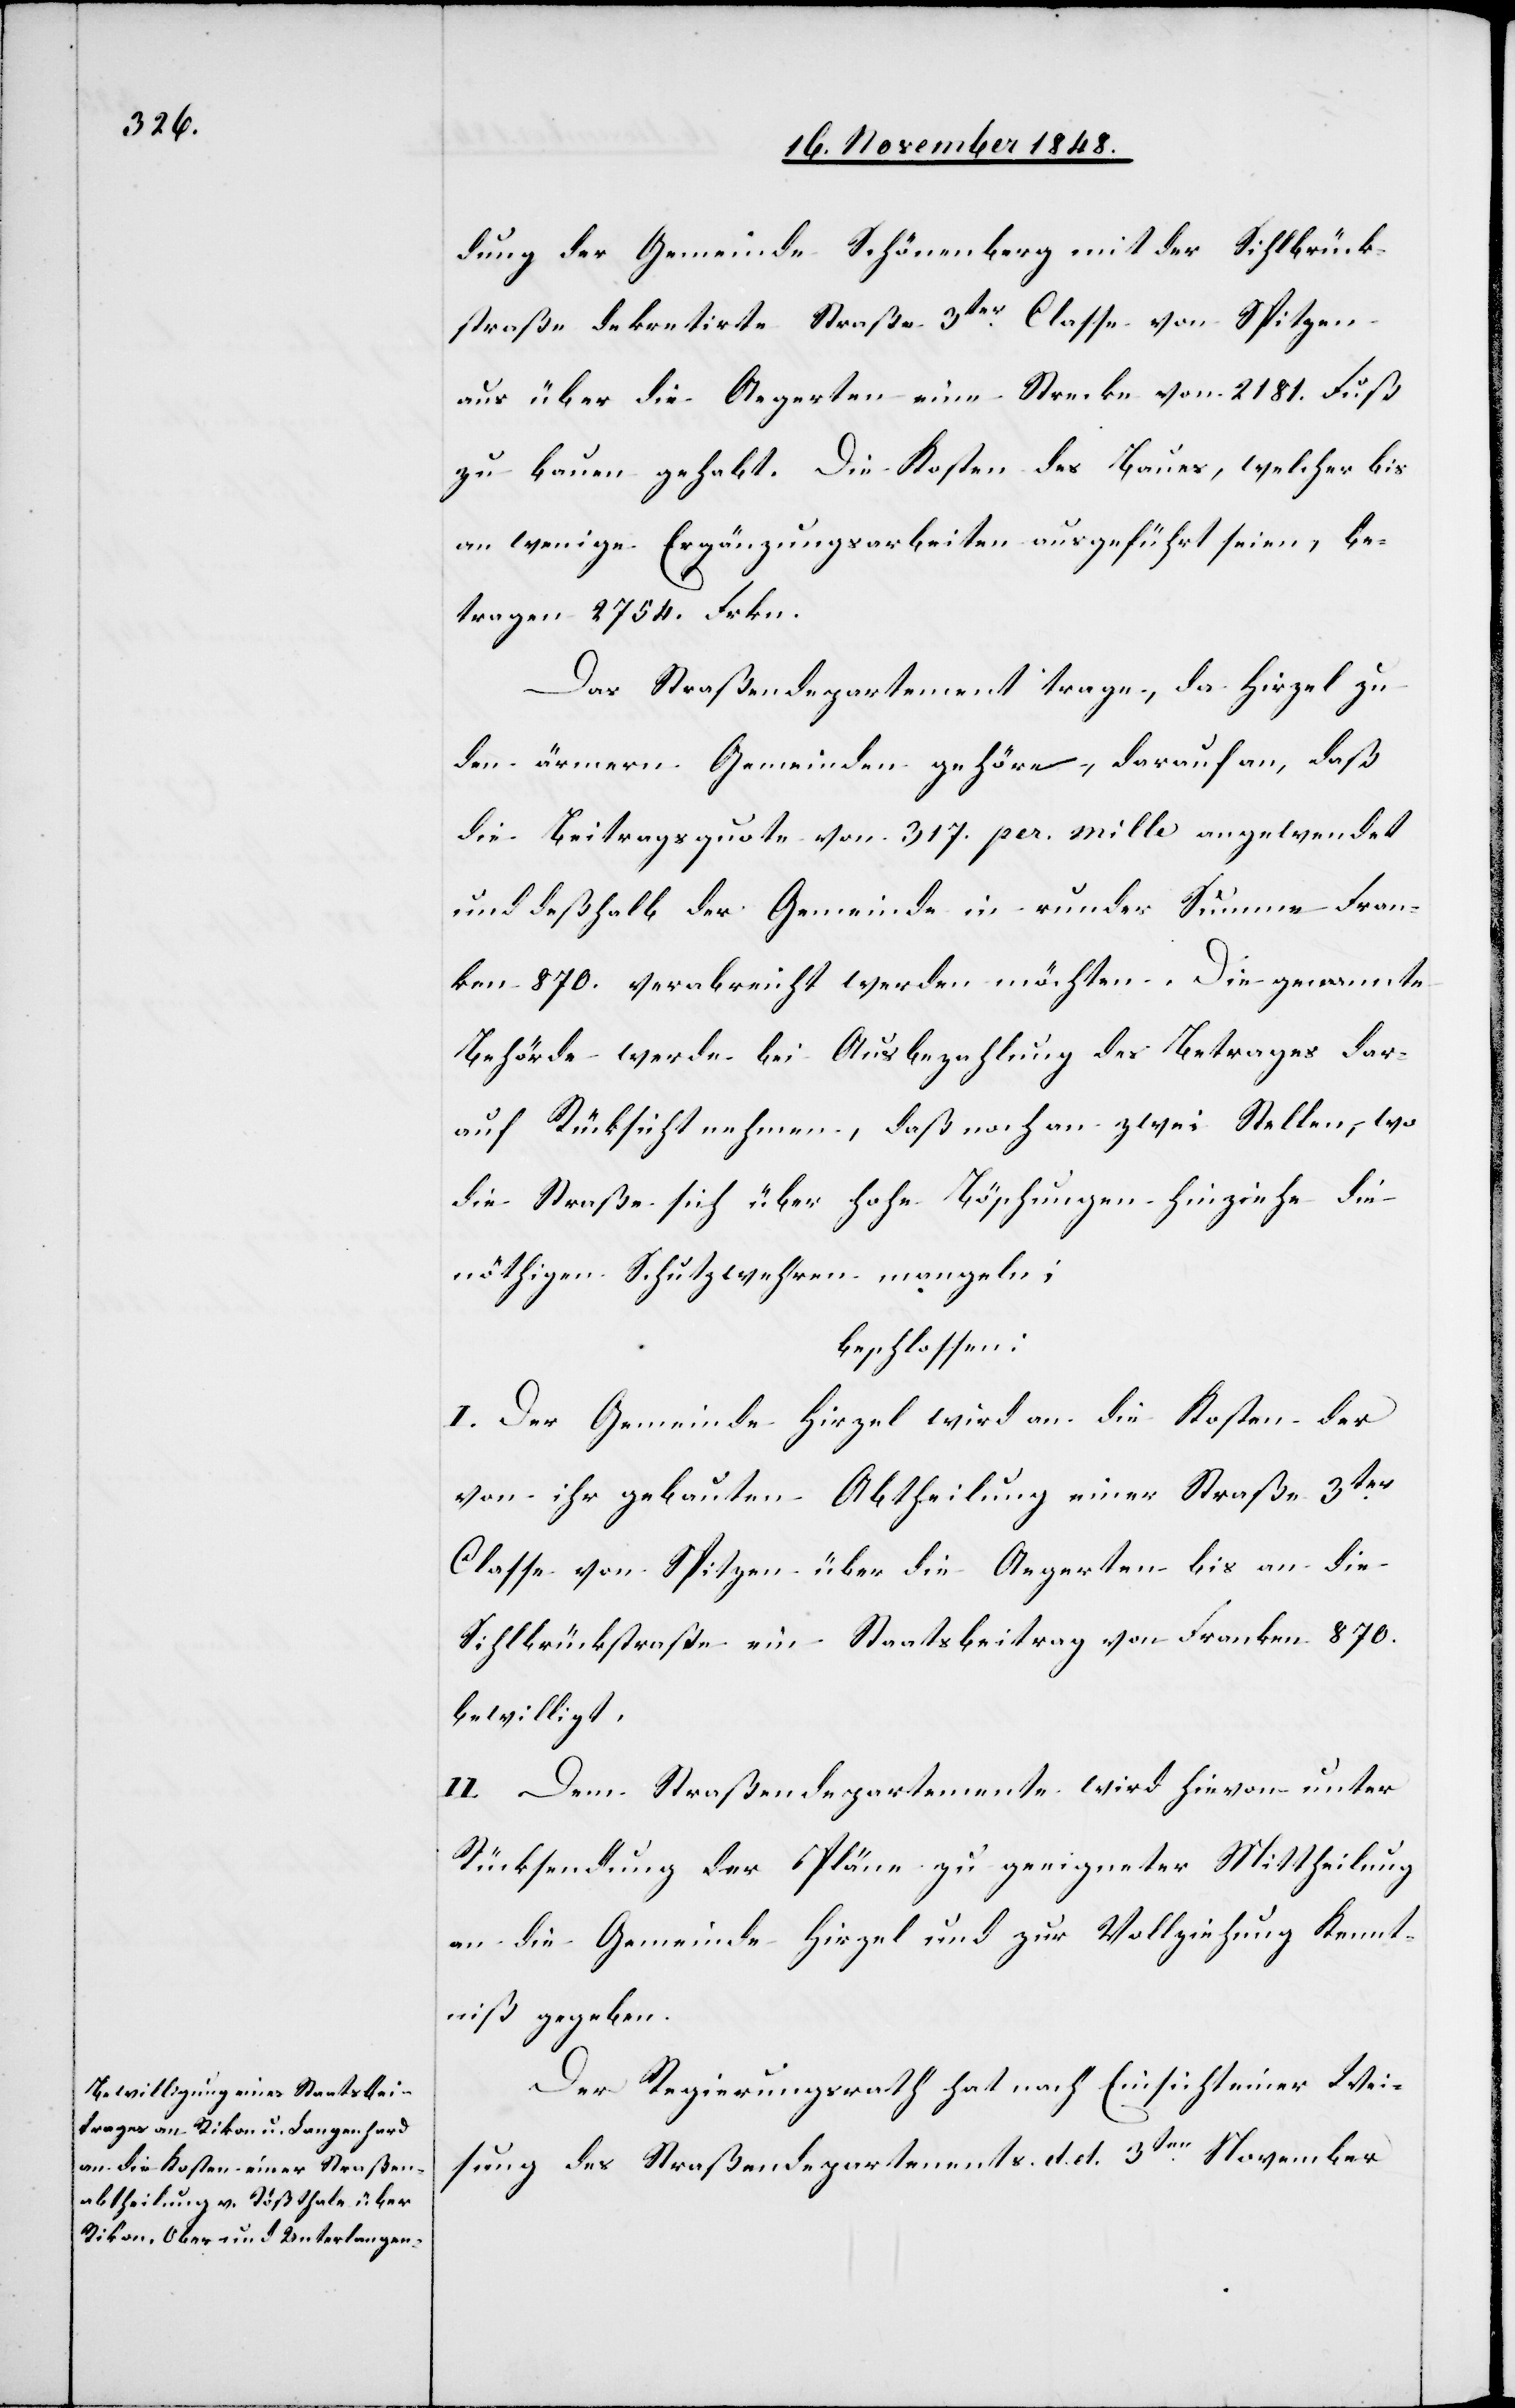
dung der Gemeinde Schönenberg mit der Sihlbrück¬
straße dekretirte Straße 3ter Classe von Spitzen
aus über die Aegerten eine Strecke von 2181. Fuß
zu bauen gehabt. Die Kosten des Baues, welcher bis
an wenige Ergänzungsarbeiten ausgeführt seien, be¬
tragen 2754. Frkn.
Das Straßendepartement trage, da Hirzel zu
den ärmern Gemeinden zugehöre, darauf an, daß
die Beitragsquote von 317. per. mille angewendet
und deßhalb der Gemeinde in runder Summe Fran¬
ken 870. verabreicht werden möchten. Die genannte
Behörde werde bei Ausbezahlung des Betrages dar¬
auf Rücksicht nehmen, daß noch an zwei Stellen, wo
die Straße sich über hohe Böschungen hinziehe die
nöthigen Schutzwehren mangeln;
beschlossen:
I. Der Gemeinde Hirzel wird an die Kosten der
von ihr gebauten Abtheilung einer Straße 3ter
Classe von Spitzen über die Aegerten bis an die
Sihlbrückstraße ein Staatsbeitrag von Franken 870.
bewilligt.
II. Dem Straßendepartemente wird hievon unter
Rücksendung der Pläne zu geeigneter Mittheilung
an die Gemeinde Hirzel und zur Vollziehung Kennt¬
niß gegeben.
Der Regierungsrath hat nach Einsicht einer Wei¬
sung des Straßendepartements d. d. 3ten November